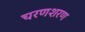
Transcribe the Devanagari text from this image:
चरणशरण